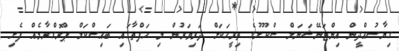
ގިޔާސުއްދީން އިންޓަނޭޝަނަލް ސްކޫލުގެ ތިރީހަކަށް ދަރިވަރުން މި ހަފްތާގައި ބައިސްކަލް ޕްރޮގްރާމެއް ފެށި